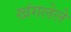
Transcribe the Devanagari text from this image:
खंगलेले